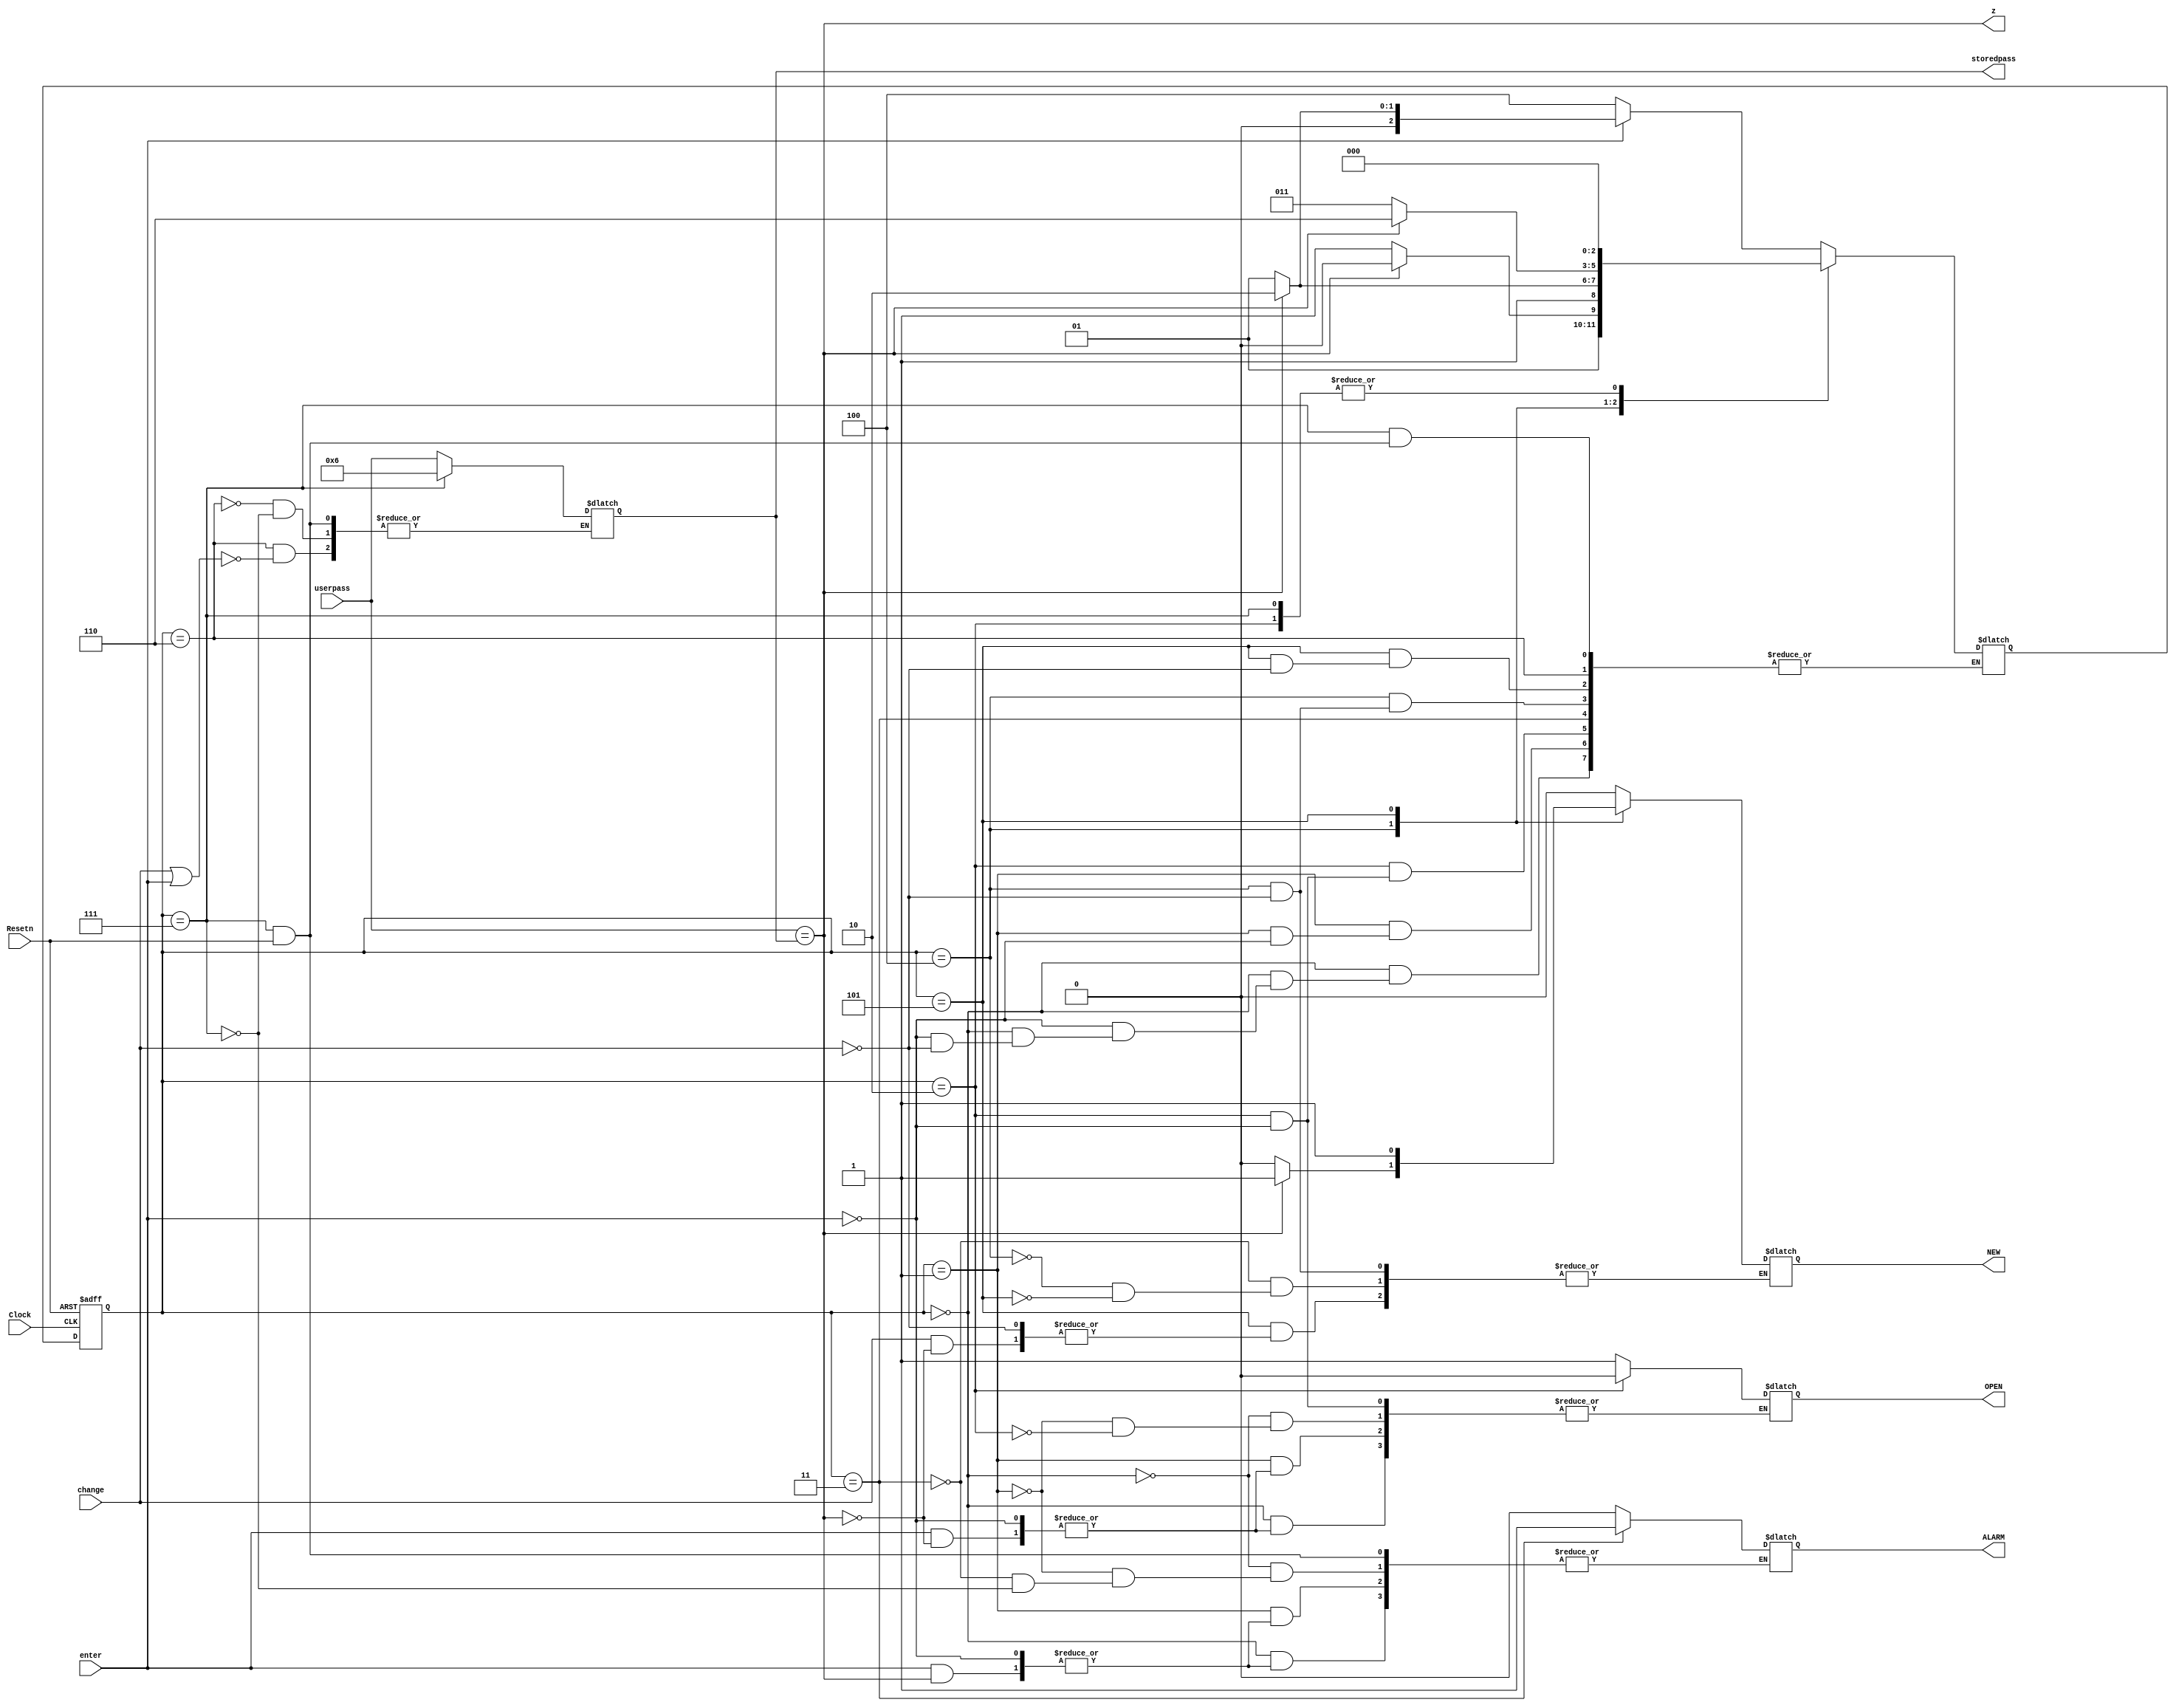
module moore (Clock,Resetn,enter,userpass,change,z,storedpass,OPEN,ALARM,NEW);
	input Clock,Resetn,enter,change;
	input [3:0] userpass;
	output reg [3:0] storedpass;
	reg [3:0] def;
	output z;
	reg [2:0] y,Y;
	output reg ALARM,OPEN,NEW;
	parameter A=3'b000, B=3'b001, C=3'b010, D=3'b011, E=3'b100, F=3'b101, G=3'b110, H=3'b111;
	
	always@(enter,change)
		case(y)
			A: if (enter)//either open or go to 2nd try
					begin
						if(z)
							begin
								OPEN<=1;
								Y = C;
							end
						else 
							begin
								Y = B;
								ALARM<=0;
							end
					 end
				else if (change)
					begin
						Y=E;
					end
						
			B: if (enter)//either open or go to alarm
					begin
						if (z)
							begin 
								OPEN<=1;
								Y=C;
							end
						else
							begin
								Y=D;
								ALARM<=0;
							end
					end
						
			C:if (enter) //display open
						begin
							OPEN<=0;
						   Y=A;
						end

			D:  begin
					ALARM<=1;
					NEW<=0;
				end
			E: if (change)//if Z then change password else give 2nd try
					begin
						if (z) 
							begin
								NEW<=1;
								Y=G;
							end
						else 					
							begin
								Y=F;
								NEW<=0;
							end;
					end
						
			F: if (change)//if Z change password else ALARM
					begin
						if (z) 
							begin
								NEW<=1;
								Y=G;
							end
						else 
							begin
								Y=D;
							end
					end
					
			G: begin
					if (change || enter) storedpass<=userpass;

				end
			
			H: if (Resetn==0)
							begin
								storedpass<=4'b0110;
								ALARM<=0;
								Y=A;
							end

		endcase
	
	always @(negedge Resetn, posedge Clock)
		begin
			if (Resetn==0) 
					begin
						y<=H;
					end
			else y<=Y;
		end
		
		
	assign z=(userpass==storedpass);

endmodule